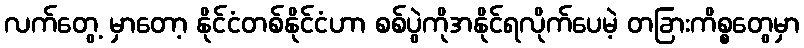
လက်တွေ့ မှာတော့ နိုင်ငံတစ်နိုင်ငံဟာ စစ်ပွဲကိုအနိုင်ရလိုက်ပေမဲ့ တခြားကိစ္စတွေမှာ